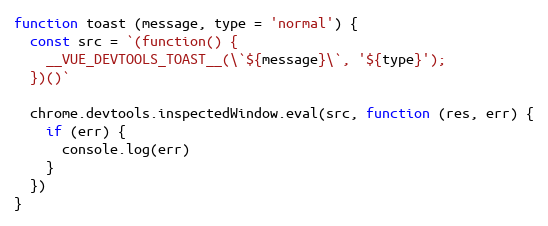
Language: JavaScript
function toast (message, type = 'normal') {
  const src = `(function() {
    __VUE_DEVTOOLS_TOAST__(\`${message}\`, '${type}');
  })()`

  chrome.devtools.inspectedWindow.eval(src, function (res, err) {
    if (err) {
      console.log(err)
    }
  })
}